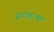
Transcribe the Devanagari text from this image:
संपाबाबत